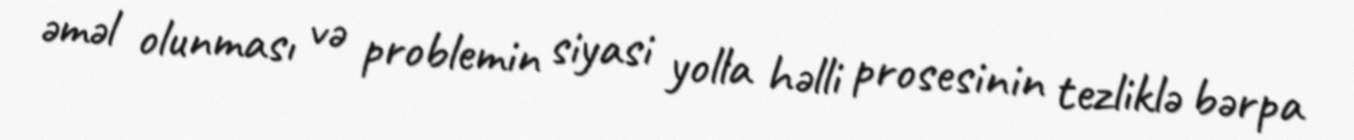
əməl olunması və problemin siyasi yolla həlli prosesinin tezliklə bərpa